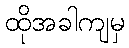
ထိုအခါကျမှ